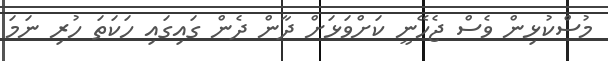
މުސްކުޅިން ވެސް ޖެހޭނީ ކަށްވަޅަށް ދާން ދެން ގައިގައި ހަކަތަ ހުރި ނަމަ